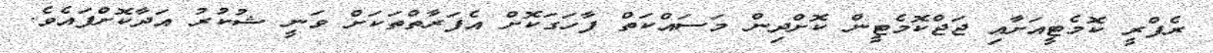
ރެފްރީ ކޮމެޓީއަށާއި ޖަޖްކޮމެޓީން ކޮށްދިން މަސައްކަތް ފާހަގަކޮށް އެފަރާތްތަކަށް ވަނީ ޝުކުރު އަދާކޮށްފައެވެ.